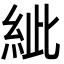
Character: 紪